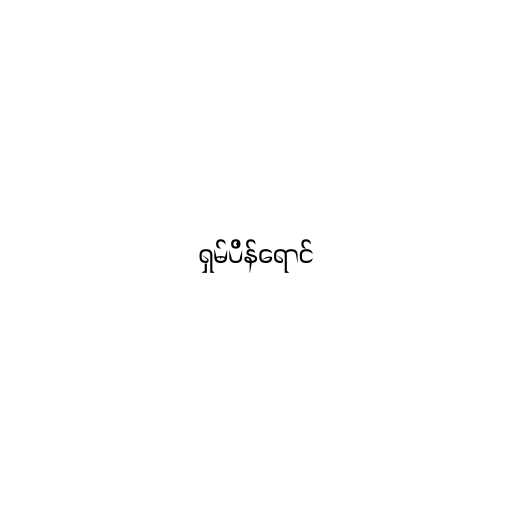
ရှမ်ပိန်ရောင်